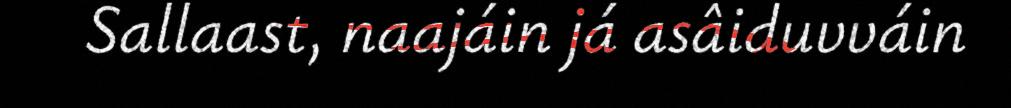
Sallaast, naajáin já asâiduvváin